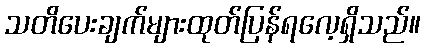
သတိပေးချက်များထုတ်ပြန်ရလေ့ရှိသည်။